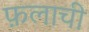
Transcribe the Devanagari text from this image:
फ़लाची